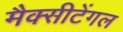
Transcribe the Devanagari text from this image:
मैक्‍सीटेंगल